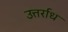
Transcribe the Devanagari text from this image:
उत्तर्राध